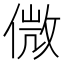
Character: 𠌝